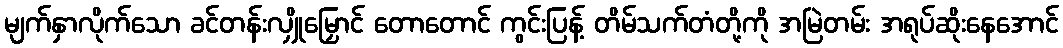
မျက်နှာလိုက်သော ခင်တန်းလျှိုမြှောင် တောတောင် ကွင်းပြန့် တိမ်သက်တံတို့ကို အမြဲတမ်း အရုပ်ဆိုးနေအောင်